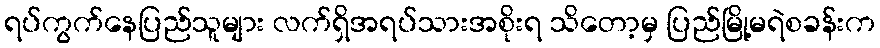
ရပ်ကွက်နေပြည်သူများ လက်ရှိအရပ်သားအစိုးရ သိတော့မှ ပြည်မြို့မရဲစခန်းက